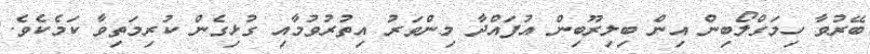
ބޭރުވާ ހިމަގްލޯބިން އިން ބިލިރޫބިން އުފައްދާ މިންވަރު އިތުރުވުމާއި ގުޅިގެން ކުރިމަތިވާ ކަމެކެވެ.